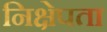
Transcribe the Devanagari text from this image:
निक्षेपता